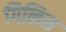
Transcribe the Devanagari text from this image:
गिलिस